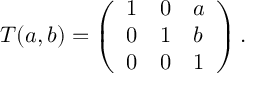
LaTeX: T ( a , b ) = \left( \begin{array} { l l l } { { 1 } } & { { 0 } } & { { a } } \\ { { 0 } } & { { 1 } } & { { b } } \\ { { 0 } } & { { 0 } } & { { 1 } } \end{array} \right) .